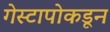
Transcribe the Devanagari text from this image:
गेस्टापोकडून